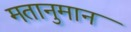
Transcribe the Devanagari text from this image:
मतानुमान